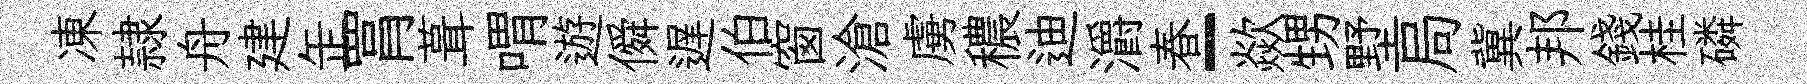
凍隷舟建𦈢罥葺喟遊僢遅伯窗滄虜穠迪灂春-歘甥墅局冀邦錢桂磷